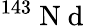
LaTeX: ^{143}\mathrm{~N~d~}